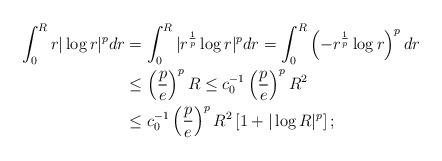
LaTeX: \begin{align*}\int_{0}^{R}r|\log r|^{p}dr&=\int_{0}^{R}|r^{\frac{1}{p}}\log r|^{p}dr=\int_{0}^{R}\left(-r^{\frac{1}{p}}\log r\right)^{p}dr\\&\leq \left(\frac{p}{e}\right)^{p}R\leq c_{0}^{-1}\left(\frac{p}{e}\right)^{p}R^{2}\\&\leq c_{0}^{-1}\left(\frac{p}{e}\right)^{p}R^{2}\left[1+|\log R|^{p}\right];\end{align*}